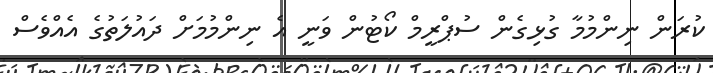
ކުރަން ނިންމުމާ ގުޅިގެން ސުޕްރީމް ކޯޓުން ވަނީ އެ ނިންމުމަށް ދައުލަތުގެ އެއްވެސް